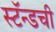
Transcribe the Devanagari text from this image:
स्टॅन्डची